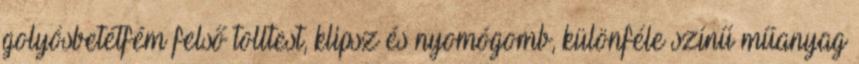
golyósbetétfém felső tolltest, klipsz és nyomógomb, különféle színű műanyag